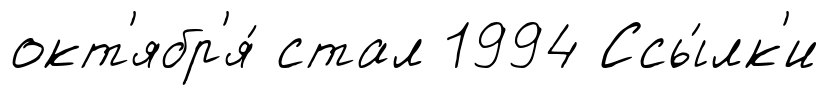
окт'ябр'я́ стал 1994 Ссы́лк'и